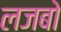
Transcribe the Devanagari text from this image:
लजबो